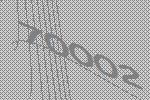
70002